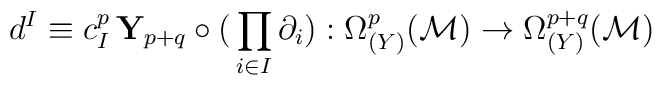
d^I\equiv c^p_I\,{\mathbf Y}_{p+q}\circ \big(\prod_{i\in I}\partial_i\big) : \Omega^p_{(Y)}({\cal M})\rightarrow\Omega^{p+q}_{(Y)}({\cal M})